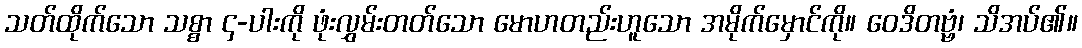
သတ်ထိုက်သော သစ္စာ ၄-ပါးကို ဖုံးလွှမ်းတတ်သော မောဟတည်းဟူသော အမိုက်မှောင်ကို။ ဝေဒိတဗ္ဗံ၊ သိအပ်၏။